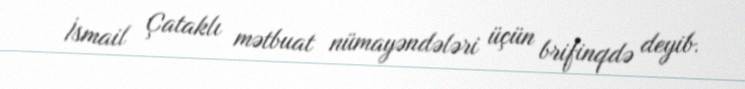
İsmail Çataklı mətbuat nümayəndələri üçün brifinqdə deyib.